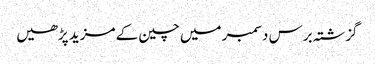
گزشتہ برس دسمبر میں چین کے مزید پڑھیں